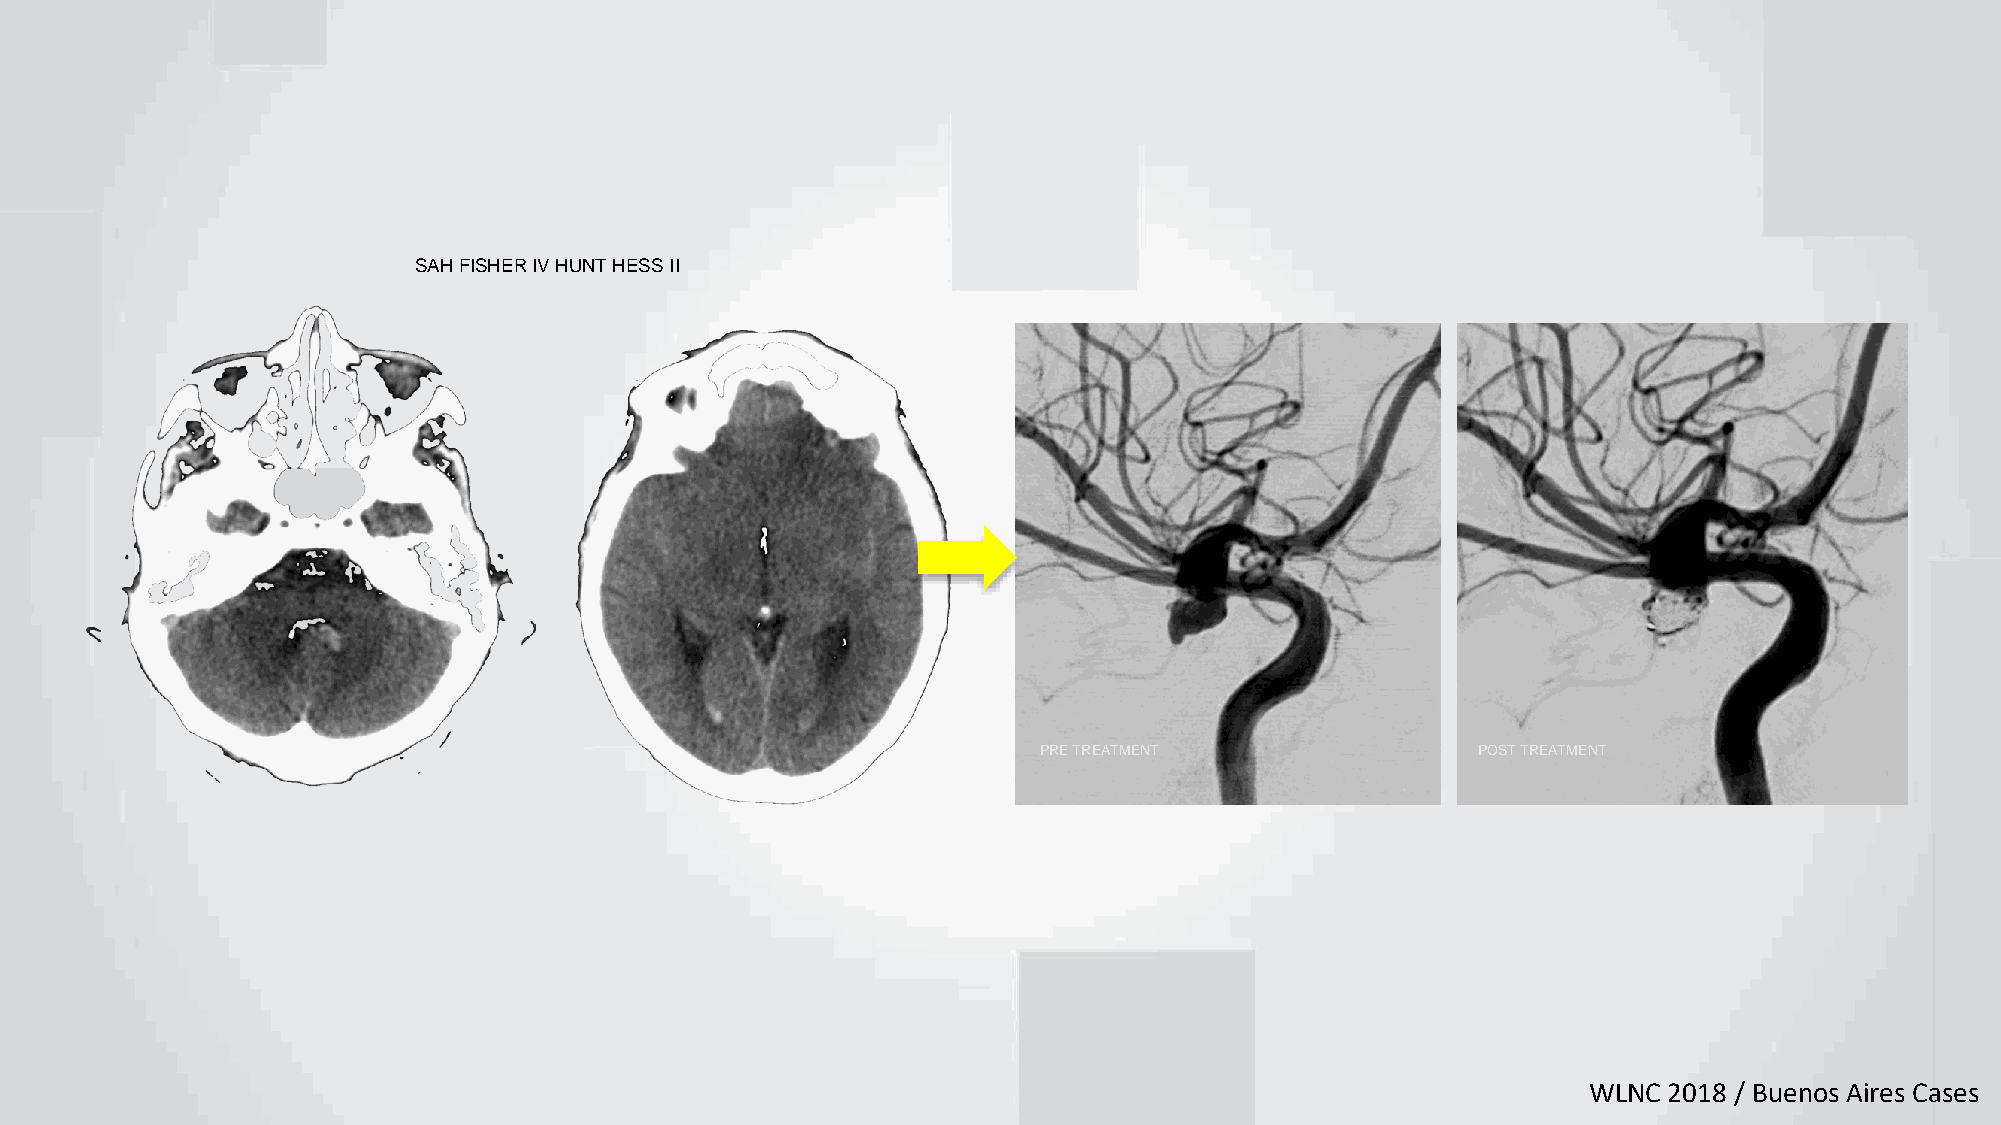
SAH FISHER IV HUNT HESS II
 PRE TREATMENT                POST TREATMENT
 WLNC 2018 / Buenos Aires Cases